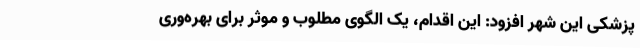
پزشکی این شهر افزود: این اقدام، یک الگوی مطلوب و موثر برای بهره‌وری